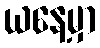
ယနေ့မှာ